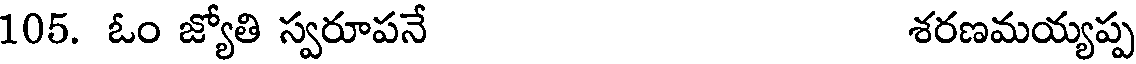
105. ఓం జ్యోతి స్వరూపనే శరణమయ్యప్ప